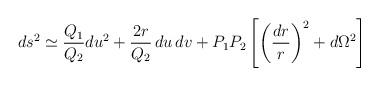
LaTeX: \begin{align*}ds^2\simeq {Q_1\over Q_2}du^2 +{2r\over Q_2}\,du\,dv+P_1P_2\left[\left({dr\over r}\right)^2+d\Omega^2\right]\end{align*}